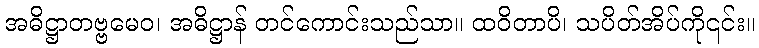
အဓိဋ္ဌာတဗ္ဗမေဝ၊ အဓိဋ္ဌာန် တင်ကောင်းသည်သာ။ ထဝိတာပိ၊ သပိတ်အိပ်ကို၎င်း။